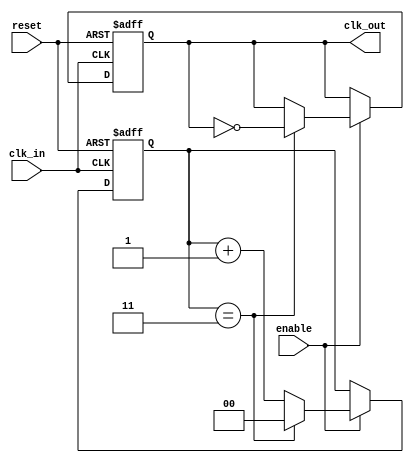
module clock_divider #(
    parameter DIV_FACTOR = 4 // Division factor (must be >= 1)
)(
    input wire clk_in,         // Input clock signal
    input wire reset,          // Asynchronous reset signal
    input wire enable,         // Enable signal for clock division
    output reg clk_out         // Output clock signal
);

    // Internal counter for clock division
    reg [$clog2(DIV_FACTOR)-1:0] counter; // Log2 of DIV_FACTOR bits required for counter

    // Always block triggered on rising edge of clk_in
    always @(posedge clk_in or posedge reset) begin
        if (reset) begin
            counter <= 0;         // Reset the counter
            clk_out <= 0;         // Reset the output clock
        end else if (enable) begin
            if (DIV_FACTOR > 1) begin
                // Increment counter
                counter <= counter + 1;

                // Check if the counter has reached DIV_FACTOR
                if (counter == (DIV_FACTOR - 1)) begin
                    clk_out <= ~clk_out; // Toggle the output clock
                    counter <= 0;        // Reset the counter
                end
            end else begin
                // If DIV_FACTOR is set to 1, clk_out equals clk_in
                clk_out <= clk_in;
            end
        end
    end

endmodule